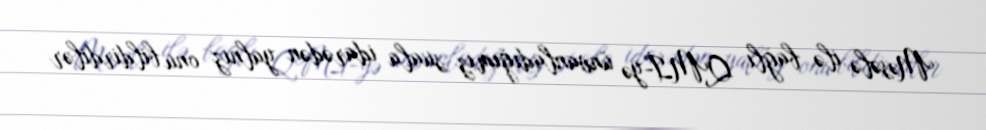
Məsələ ilə bağlı QMİ-yə ünvanladığımız suala idarədən yalnız onu bildirdilər